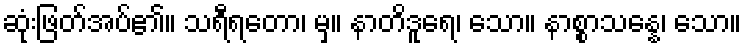
ဆုံးဖြတ်အပ်၏။ သရီရတော၊ မှ။ နာတိဒူရေ၊ သော။ နာစ္စာသန္နေ၊ သော။